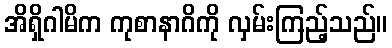
အိရှိဂါမိက ကုစာနာဂိကို လှမ်းကြည့်သည်။